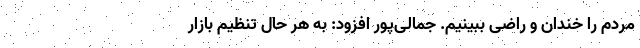
مردم را خندان و راضی ببینیم. جمالی‌پور افزود: به هر حال تنظیم بازار